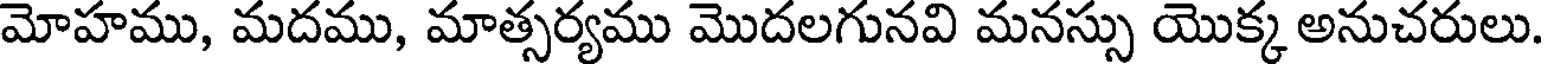
మోహము, మదము, మాత్సర్యము మొదలగునవి మనస్సు యొక్క అనుచరులు